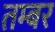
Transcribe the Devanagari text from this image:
तम्बर